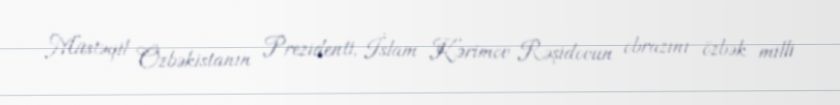
Müstəqil Özbəkistanın Prezidenti, İslam Kərimov Rəşidovun obrazını özbək milli